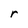
Character: r